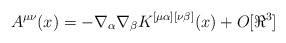
\begin{align*}A^{\mu\nu}(x) = - \nabla_{\alpha} \nabla_{\beta}K^{[\mu\alpha][\nu\beta]}(x) + O[\Re^3]\end{align*}